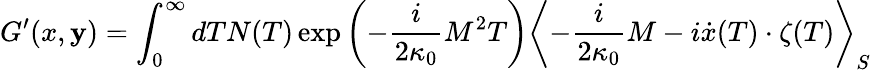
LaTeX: G^{\prime}(x,\mathbf{y})=\int_{0}^{\infty}dTN(T)\exp\left(-\frac{{i}}{{2\kappa_{0}}}M^{2}T\right)\left<-\frac{{i}}{{2\kappa_{0}}}M-i\dot{{x}}(T)\cdot\zeta(T)\right>_{S}